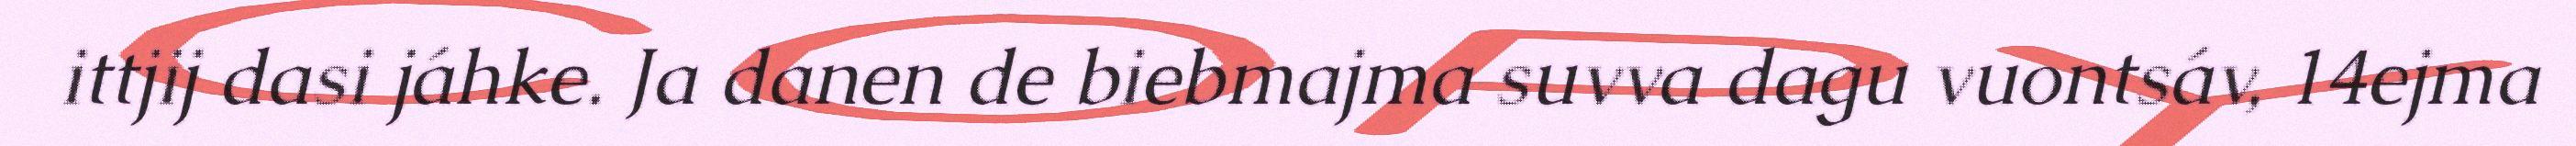
ittjij dasi jáhke. Ja danen de biebmajma suvva dagu vuontsáv, 14ejma